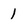
Character: 1